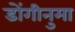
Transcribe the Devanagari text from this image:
डोंगीनुमा